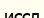
иссл